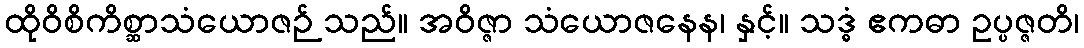
ထိုဝိစိကိစ္ဆာသံယောဇဉ် သည်။ အဝိဇ္ဇာ သံယောဇနေန၊ နှင့်။ သဒ္ဓံ ဧကဓာ ဥပ္ပဇ္ဇတိ၊